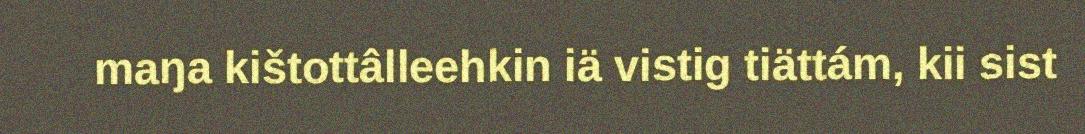
maŋa kištottâlleehkin iä vistig tiättám, kii sist